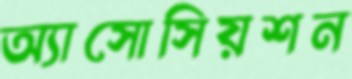
অ্যাসোসিয়শন